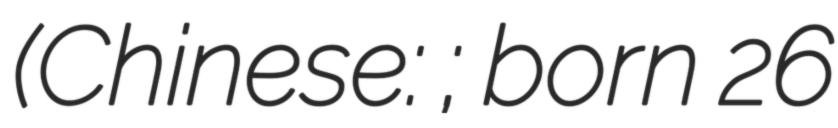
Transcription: (Chinese: 倪诗群; born 26